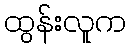
ထွန်းလူက